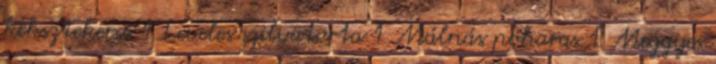
keksztekercs 1 Leveles szilvatorta 1 Málnás poharas 1 Meggyes